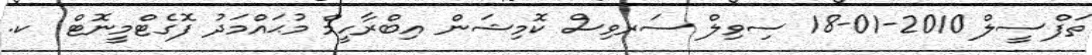
ތަފްސީލް 2010-01-18 ސިވިލް ސަރވިސް ކޮމިޝަން އިބްރާހީމް މުޙައްމަދު ފޮގެޓްމީނޮޓް  ކ.